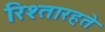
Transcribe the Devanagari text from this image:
रिश्तारहते